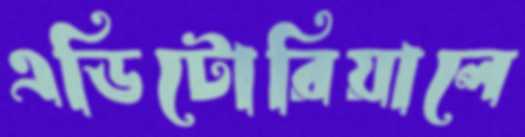
এডিটোরিয়ালে